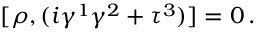
\lbrack \rho , ( i \gamma ^ { 1 } \gamma ^ { 2 } + \tau ^ { 3 } ) ] = 0 \, .